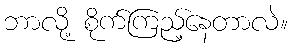
ဘာလို့ စိုက်ကြည့်နေတာလဲ။